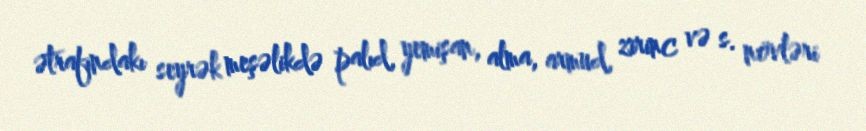
ətrafındakı seyrək meşəlikdə palıd, yemişan, alma, armud, zirinc və s. növləri